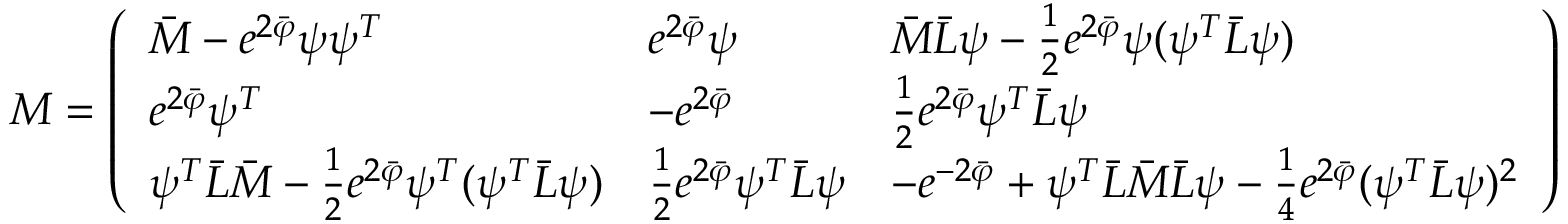
{ \cal M } = \left( \begin{array} { l l l } { { \bar { M } - e ^ { 2 \bar { \varphi } } \psi \psi ^ { T } } } & { { e ^ { 2 \bar { \varphi } } \psi } } & { { \bar { M } \bar { L } \psi - { \frac { 1 } { 2 } } e ^ { 2 \bar { \varphi } } \psi ( \psi ^ { T } \bar { L } \psi ) } } \\ { { e ^ { 2 \bar { \varphi } } \psi ^ { T } } } & { { - e ^ { 2 \bar { \varphi } } } } & { { { \frac { 1 } { 2 } } e ^ { 2 \bar { \varphi } } \psi ^ { T } \bar { L } \psi } } \\ { { \psi ^ { T } \bar { L } \bar { M } - { \frac { 1 } { 2 } } e ^ { 2 \bar { \varphi } } \psi ^ { T } ( \psi ^ { T } \bar { L } \psi ) } } & { { { \frac { 1 } { 2 } } e ^ { 2 \bar { \varphi } } \psi ^ { T } \bar { L } \psi } } & { { - e ^ { - 2 \bar { \varphi } } + \psi ^ { T } \bar { L } \bar { M } \bar { L } \psi - { \frac { 1 } { 4 } } e ^ { 2 \bar { \varphi } } ( \psi ^ { T } \bar { L } \psi ) ^ { 2 } } } \end{array} \right) ,